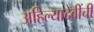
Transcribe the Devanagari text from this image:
अहिल्यादेवींची